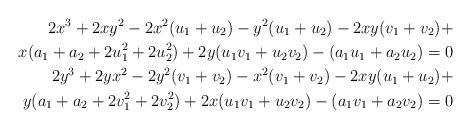
LaTeX: \begin{align*}2x^3+2xy^2-2x^2(u_1+u_2)-y^2(u_1+u_2)-2xy(v_1+v_2)+ \\ x(a_1+a_2+ 2u_1^2+2u_2^2)+2y(u_1v_1+u_2v_2)-(a_1u_1+a_2u_2)=0 \\2y^3+2yx^2-2y^2(v_1+v_2)-x^2(v_1+v_2)-2xy(u_1+u_2)+ \\ y(a_1+a_2+ 2v_1^2+2v_2^2)+2x(u_1v_1+u_2v_2)-(a_1v_1+a_2v_2)=0 \end{align*}